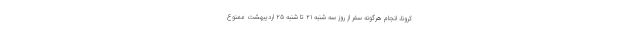
کرونا، انجام هرگونه سفر از روز سه شنبه ۲۱ تا شنبه ۲۵ اردیبهشت ممنوع